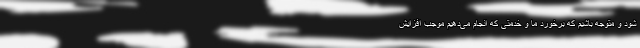
شود و متوجه باشیم که برخورد ما و خدمتی که انجام می‌دهیم موجب افزایش